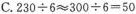
C.$$2 3 0 \div 6 ≈ 3 0 0 \div 6 = 5 0$$